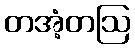
တအံ့တဩ